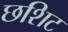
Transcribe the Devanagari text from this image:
छशिट